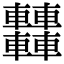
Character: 𨏿